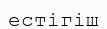
естігіш